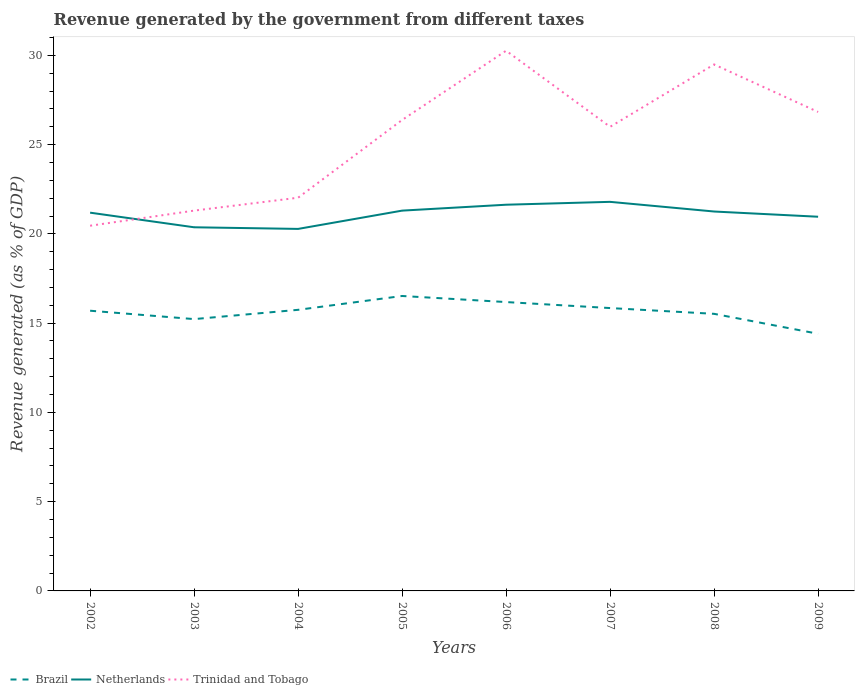
| Years | Brazil | Netherlands | Trinidad and Tobago |
 | --- | --- | --- | --- |
 | 2002 | 15.7 | 21.2 | 20.5 |
 | 2003 | 15.2 | 20.4 | 21.3 |
 | 2004 | 15.7 | 20.3 | 22 |
 | 2005 | 16.5 | 21.3 | 26.4 |
 | 2006 | 16.2 | 21.6 | 30.3 |
 | 2007 | 15.8 | 21.8 | 26 |
 | 2008 | 15.5 | 21.3 | 29.5 |
 | 2009 | 14.4 | 21 | 26.8 |